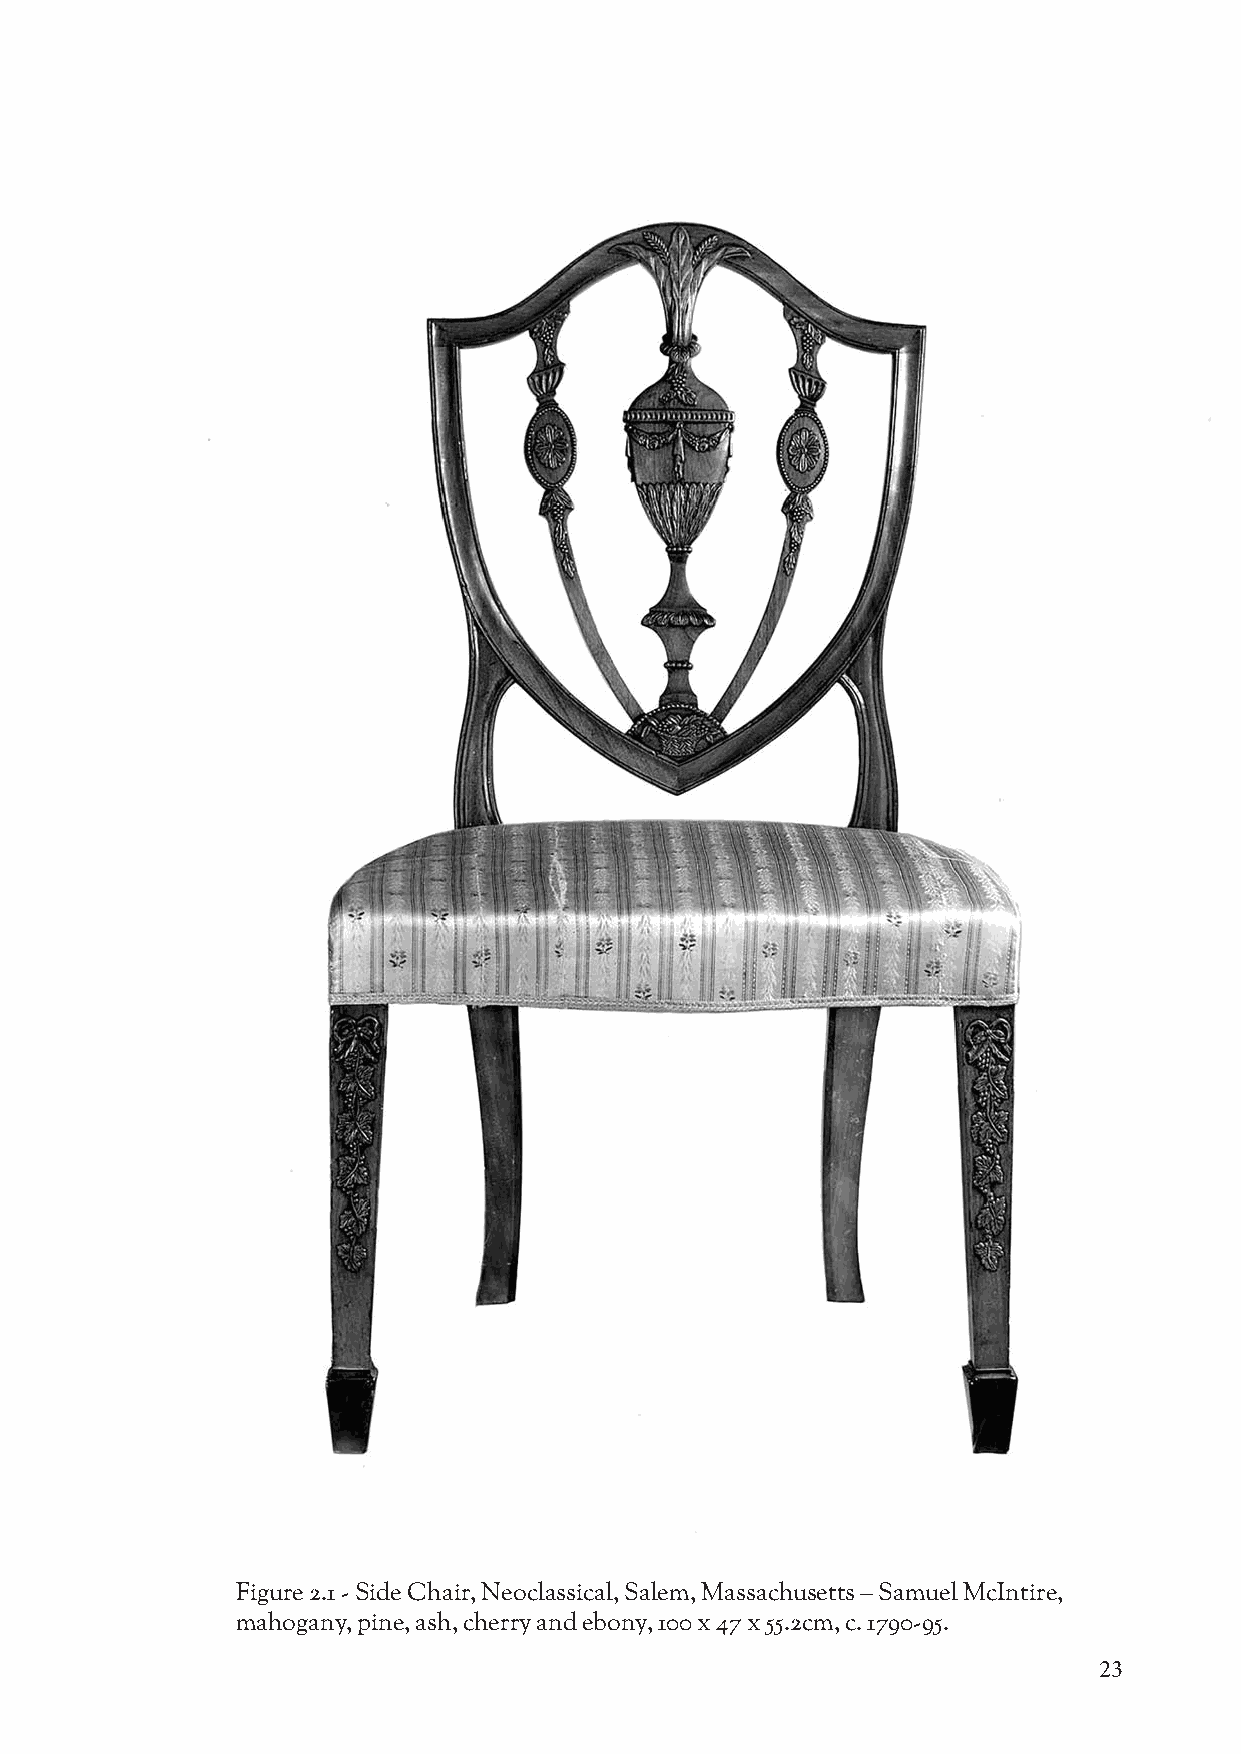
Figure 2.1 - Side Chair, Neoclassical, Salem, Massachusetts – Samuel McIntire,
 mahogany, pine, ash, cherry and ebony, 100 x 47 x 55.2cm, c. 1790-95.
 23